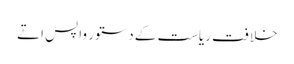
خلافت ریاست کے دستور واپس اتے